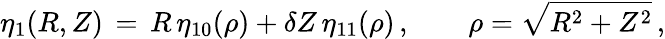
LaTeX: \eta_{1}(R,Z)\, =\, R\, \eta_{10}(\rho)+\delta Z\, \eta_{11}(\rho)\, ,\qquad\rho=\sqrt{R^{2}+Z^{2}}\, ,